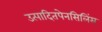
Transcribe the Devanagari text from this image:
उत्पादितपेनसिलिंस